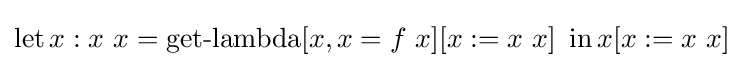
\operatorname {let} x:x\ x=\operatorname {get-lambda} [x,x=f\ x][x:=x\ x]\ \operatorname {in} x[x:=x\ x]